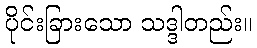
ပိုင်းခြားသော သဒ္ဒါတည်း။